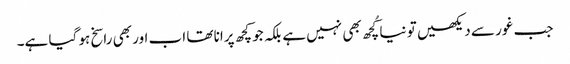
جب غور سے دیکھیں تو نیا کُچھ بھی نہیں ہے بلکہ جو کچھ پرانا تھا اب اور بھی راسخ ہو گیا ہے۔